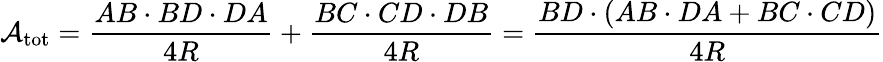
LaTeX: {\mathcal{A}}_{\mathrm{tot}}={\frac{AB\cdot BD\cdot DA}{4R}}+{\frac{BC\cdot CD\cdot DB}{4R}}={\frac{BD\cdot(AB\cdot DA+BC\cdot CD)}{4R}}